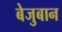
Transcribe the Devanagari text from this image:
बेजुबान